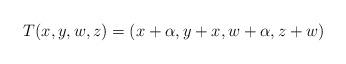
LaTeX: \begin{align*}T(x,y,w,z) = (x + \alpha, y + x, w + \alpha, z + w)\end{align*}